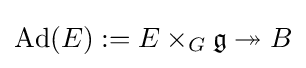
\operatorname {Ad} (E):=E\times _{G}{\mathfrak {g}}\twoheadrightarrow B